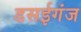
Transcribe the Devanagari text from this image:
डसईगंज